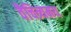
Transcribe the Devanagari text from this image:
वैचित्र्यमय